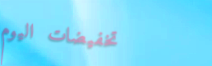
تخفيضات اليوم